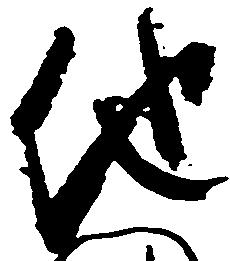
他